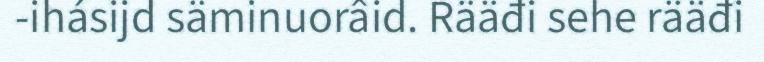
-ihásijd säminuorâid. Rääđi sehe rääđi